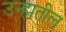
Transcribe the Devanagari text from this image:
उन्हातील